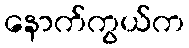
နောက်ကွယ်က